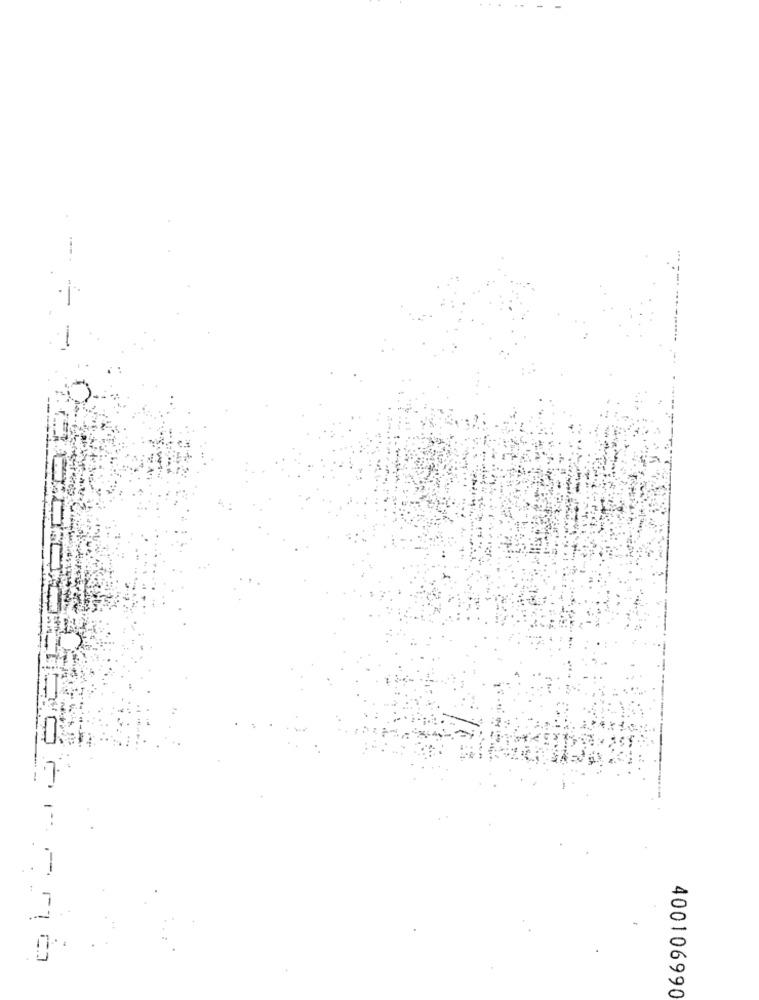
400106990